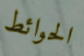
الحوائط